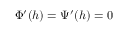
\Phi ^ { \prime } ( h ) = \Psi ^ { \prime } ( h ) = 0